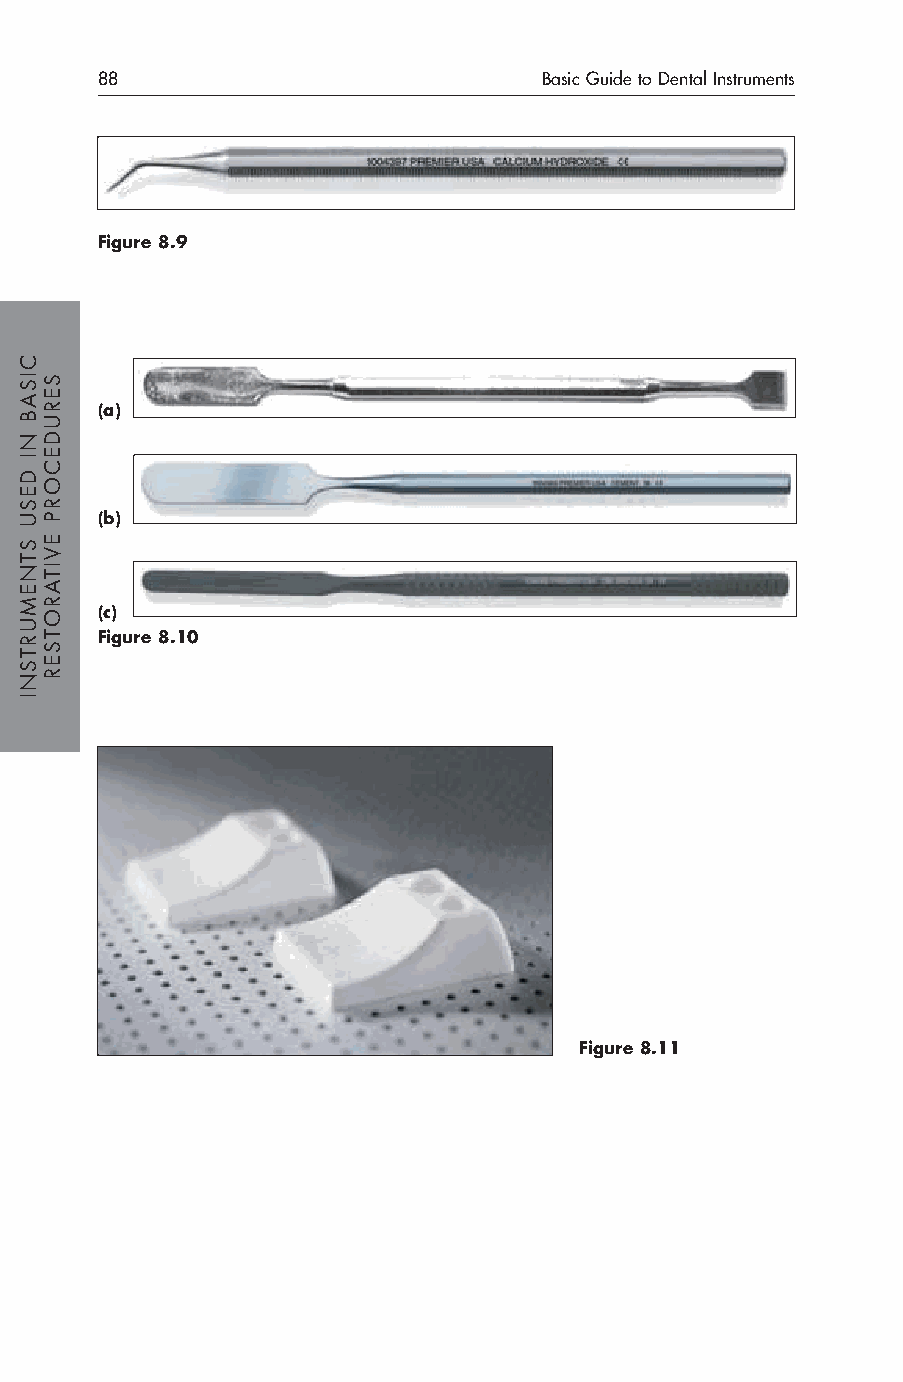
88                            Basic Guide to Dental Instruments
 Figure 8.9
 (a)
 (b)
 (c)
 Figure 8.10
 Figure 8.11
 CISAB
 NI
 DESU
 STNEMURTSNI
 SERUDECORP
 EVITAROTSER